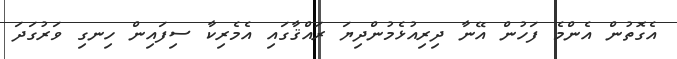
އެގޮތުން އެންމެ ފަހުން އޭނާ ދިރިއުޅެމުންދިޔަ ރައްޤާގައި އެމެރިކާ ސިފައިން ހިނގި ވަރުގަދަ